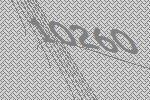
10260